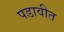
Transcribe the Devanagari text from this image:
पडावीत